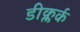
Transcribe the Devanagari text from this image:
डीक्लर्क